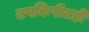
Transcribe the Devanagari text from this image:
तपकिरीतही